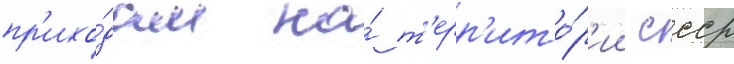
пр'ихо́дам на́ т'ерр'ито́р'ии ссср